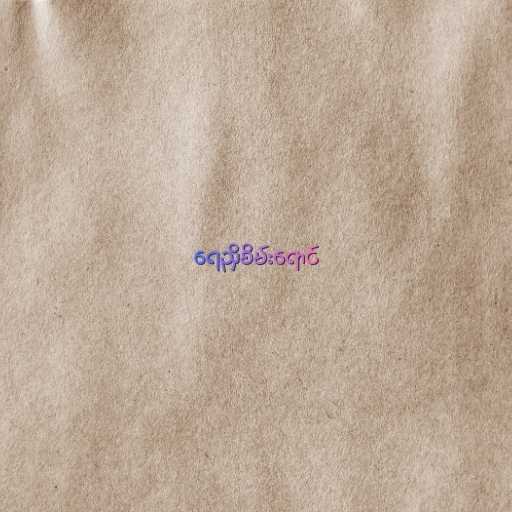
ရေညှိစိမ်းရောင်